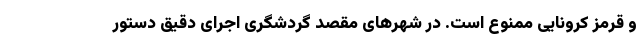
و قرمز کرونایی ممنوع است. در شهرهای مقصد گردشگری اجرای دقیق دستور